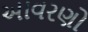
આવરણો